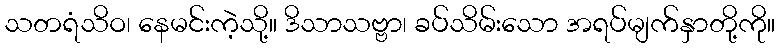
သတရံသိဝ၊ နေမင်းကဲ့သို့။ ဒိသာသဗ္ဗာ၊ ခပ်သိမ်းသော အရပ်မျက်နှာတို့ကို။